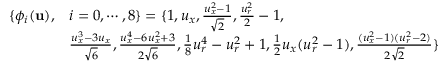
\begin{array} { r l } { \{ \phi _ { i } ( \mathbf { u } ) , } & { i = 0 , \cdots , 8 \} = \{ 1 , { u } _ { x } , \frac { { u } _ { x } ^ { 2 } - 1 } { \sqrt { 2 } } , \frac { { u } _ { r } ^ { 2 } } { 2 } - 1 , } \\ & { \frac { { u } _ { x } ^ { 3 } - 3 { u } _ { x } } { \sqrt { 6 } } , \frac { { u } _ { x } ^ { 4 } - 6 { u } _ { x } ^ { 2 } + 3 } { 2 \sqrt { 6 } } , \frac { 1 } { 8 } { u } _ { r } ^ { 4 } - { u } _ { r } ^ { 2 } + 1 , \frac { 1 } { 2 } { u } _ { x } ( { u } _ { r } ^ { 2 } - 1 ) , \frac { ( { u } _ { x } ^ { 2 } - 1 ) ( { u } _ { r } ^ { 2 } - 2 ) } { 2 \sqrt { 2 } } \} } \end{array}